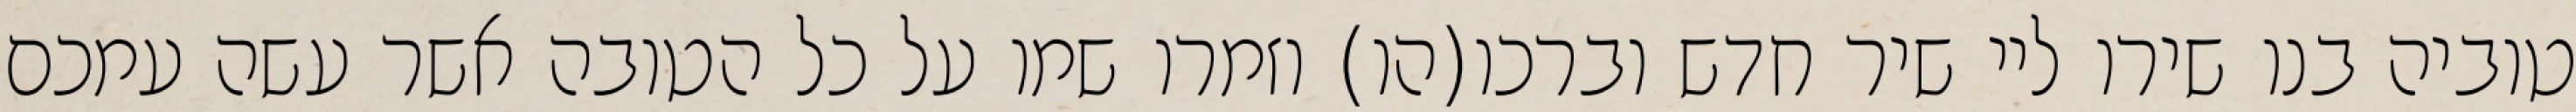
טוביה בנו שירו ליי שיר חדש וברכו(הו) וזמרו שמו על כל הטובה אשר עשה עמכם